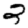
Digit: 2